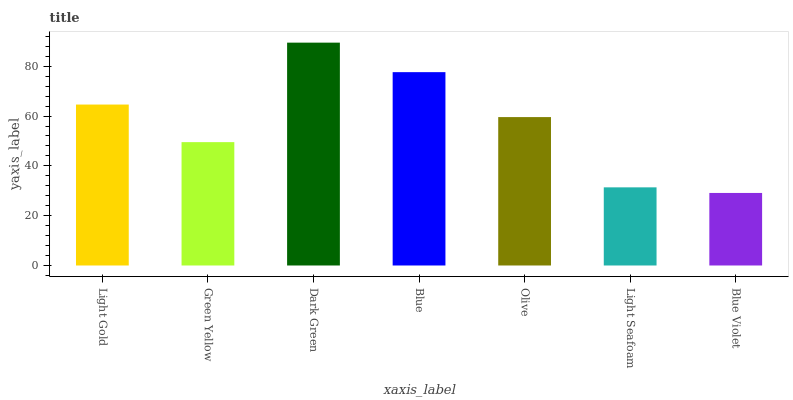
| xaxis_label | bars |
 | --- | --- |
 | Light Gold | 64.6 |
 | Green Yellow | 49.5 |
 | Dark Green | 89.5 |
 | Blue | 77.6 |
 | Olive | 59.6 |
 | Light Seafoam | 31.4 |
 | Blue Violet | 29.1 |